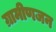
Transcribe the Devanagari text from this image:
ग्रामीणजन